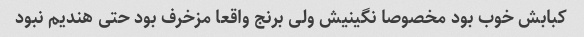
کبابش خوب بود مخصوصا نگینیش ولی برنج واقعا مزخرف بود حتی هندیم نبود